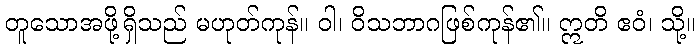
တူသောအဖို့ရှိသည် မဟုတ်ကုန်။ ဝါ၊ ဝိသဘာဂဖြစ်ကုန်၏။ ဣတိ ဧဝံ၊ သို့။